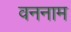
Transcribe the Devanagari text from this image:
वननाम